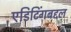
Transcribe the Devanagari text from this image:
एडिटिंगबद्दल